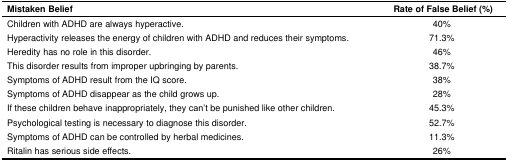
<table><thead><tr><td><b>Mistaken Belief</b></td><td><b>Rate of False Belief (%)</b></td></tr></thead><tbody><tr><td>Children with ADHD are always hyperactive.</td><td>40%</td></tr><tr><td>Hyperactivity releases the energy of children with ADHD and reduces their symptoms.</td><td>71.3%</td></tr><tr><td>Heredity has no role in this disorder.</td><td>46%</td></tr><tr><td>This disorder results from improper upbringing by parents.</td><td>38.7%</td></tr><tr><td>Symptoms of ADHD result from the IQ score.</td><td>38%</td></tr><tr><td>Symptoms of ADHD disappear as the child grows up.</td><td>28%</td></tr><tr><td>If these children behave inappropriately, they can’t be punished like other children.</td><td>45.3%</td></tr><tr><td>Psychological testing is necessary to diagnose this disorder.</td><td>52.7%</td></tr><tr><td>Symptoms of ADHD can be controlled by herbal medicines.</td><td>11.3%</td></tr><tr><td>Ritalin has serious side effects.</td><td>26%</td></tr></tbody></table>